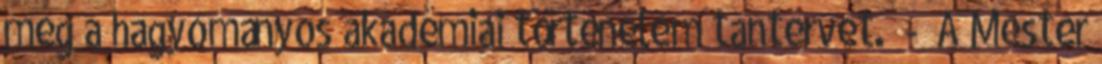
meg a hagyományos akadémiai történelem tantervet. - A Mester